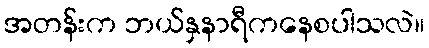
အတန်းက ဘယ်နှနာရီကနေစပါသလဲ။